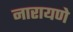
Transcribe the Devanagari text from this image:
नारायणे